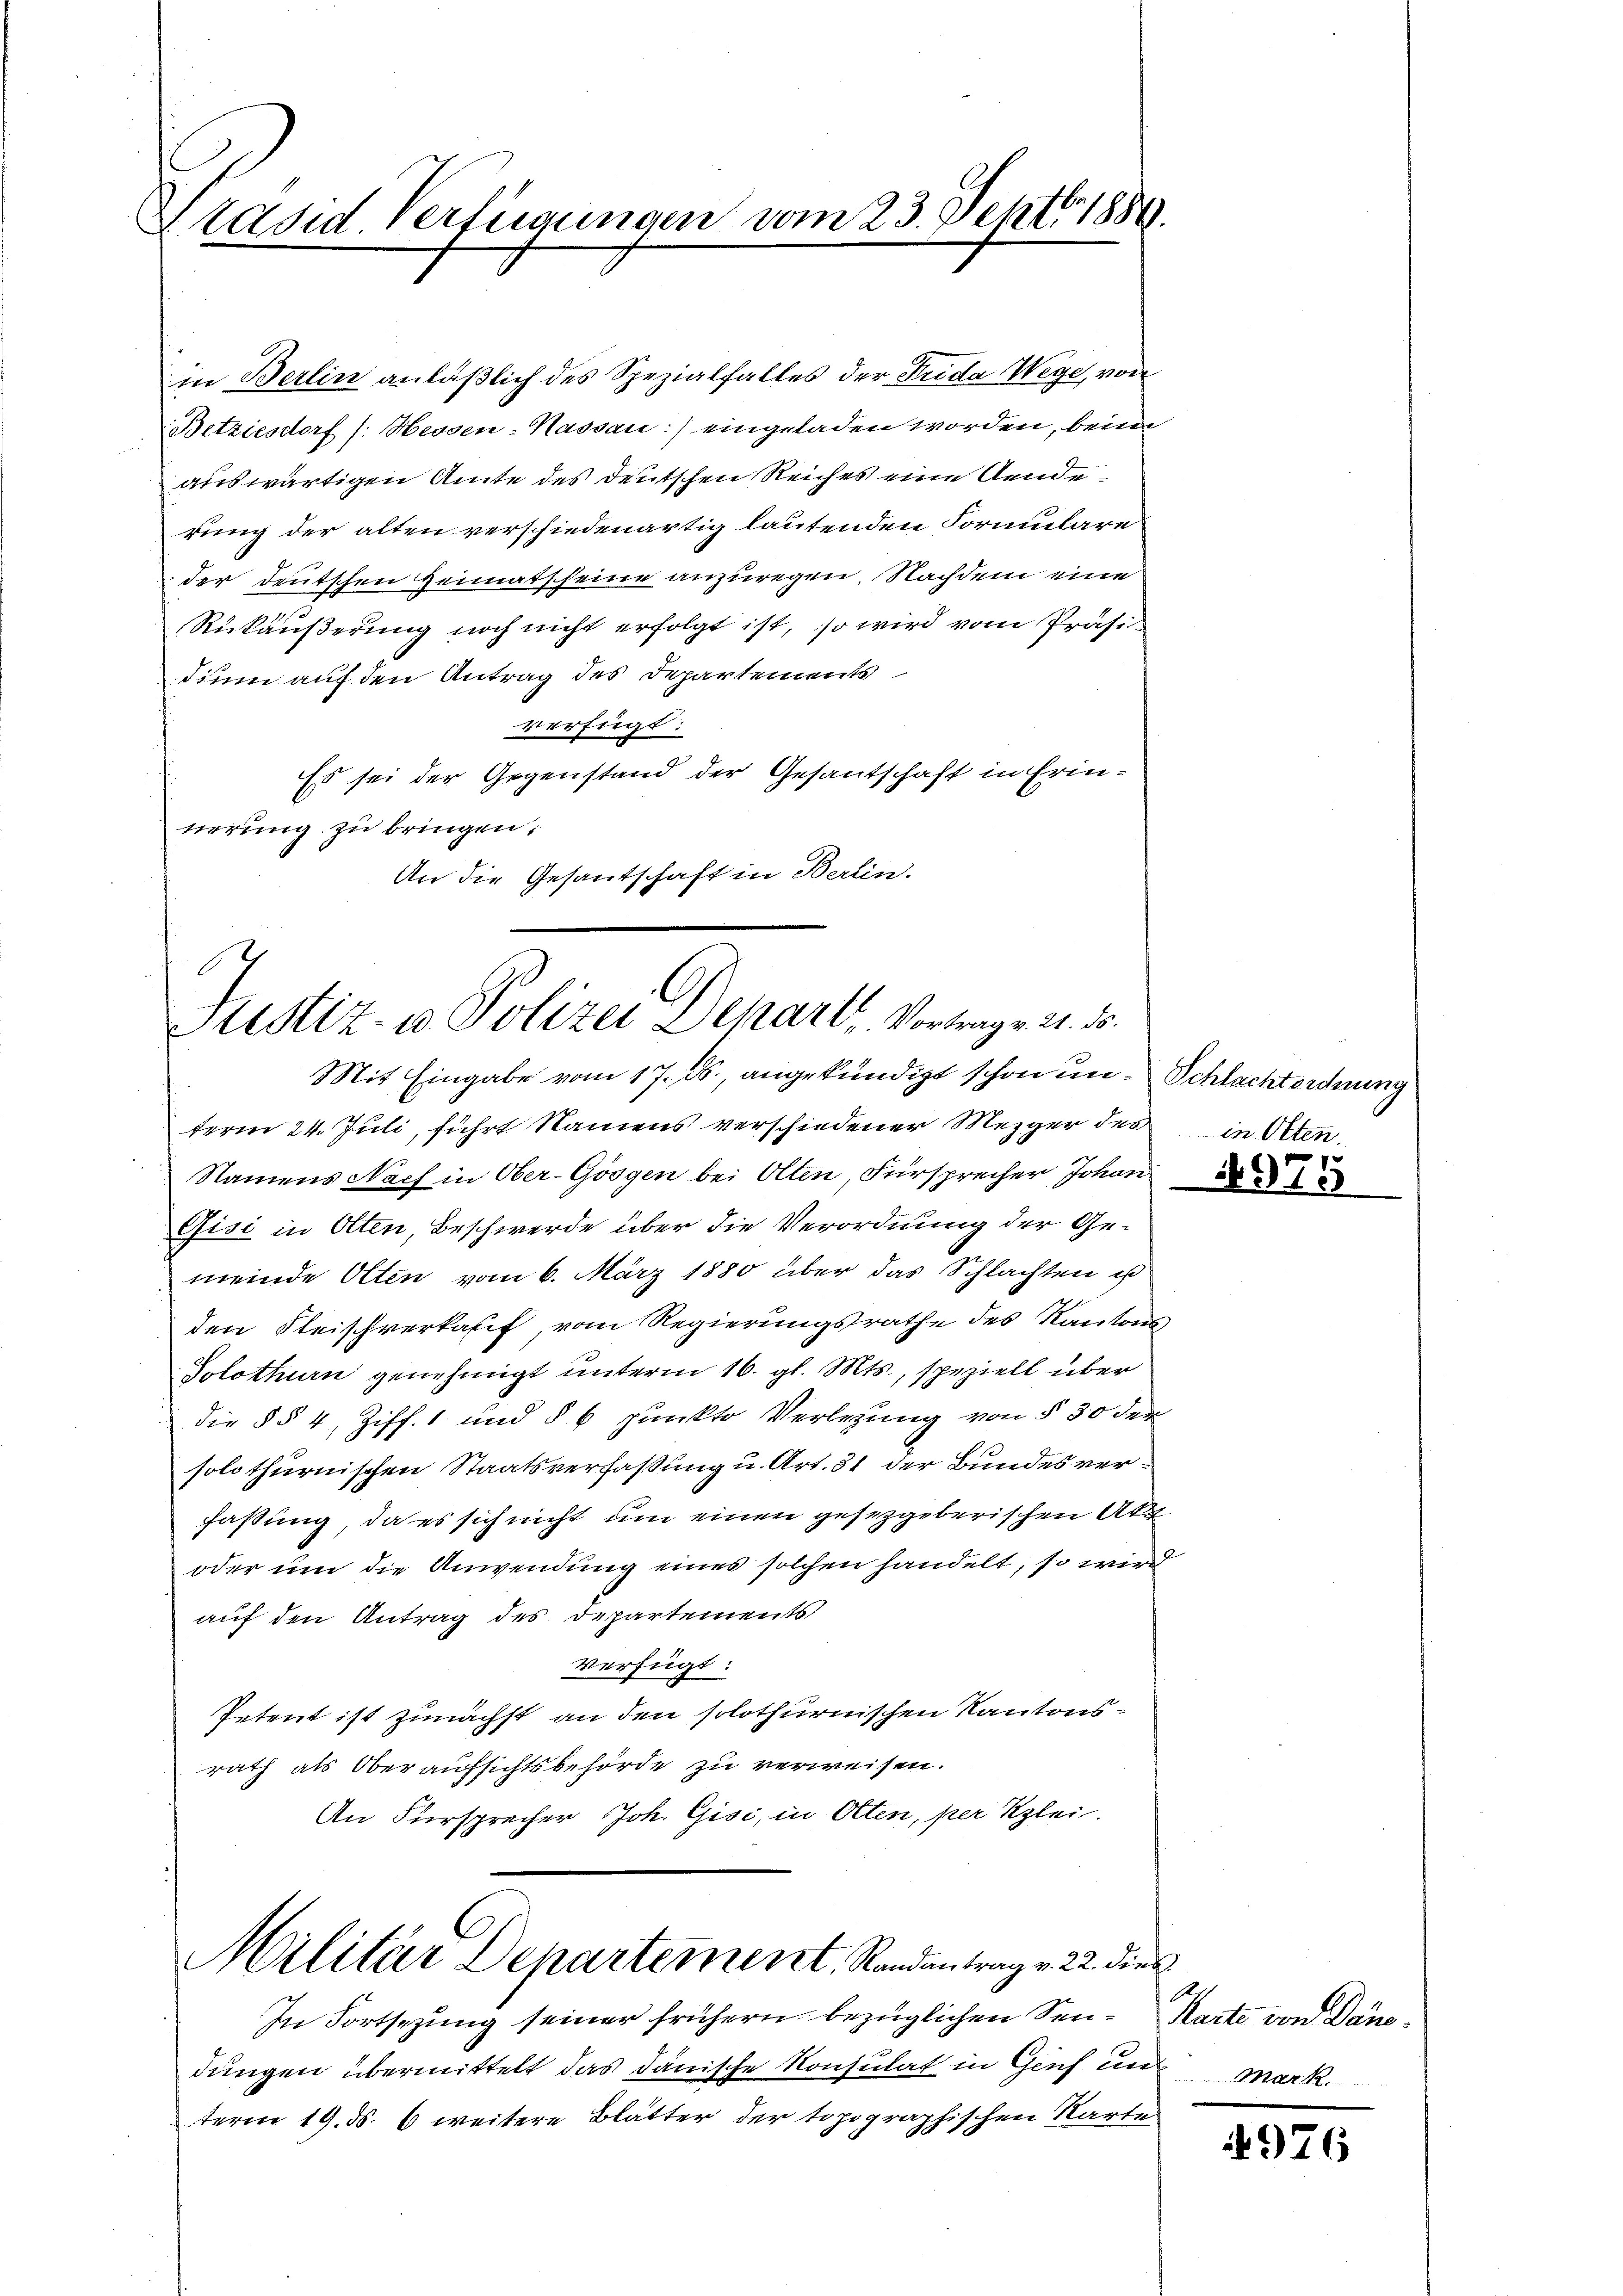
Präsid. Verfügungen vom 23. Septbr. 1889.

in Berlin anläßlich des Spezialfalles der Frida Wege, von
Betziesdorf (: Hessen-Kassau:) eingeladen worden, bein
auswärtigen Amte des deutschen Reiches eine Aenderung der alten verschiedenartig lautenden Formulare
der Deutschen Heimatscheine anzuregen. Nachdem eine
Rükäußerung noch nicht erfolgt ist, so wird vom Präsidium auf den Antrag des Departements
verfügt:
Es sei der Gegenstand der Gesantschaft in Erintierung zu bringen,
An die Gesantschaft in Berlin.

Mit Eingabe vom 17. ds., angekündigt schon un- Schlachtordnung
term 24. Juli, führt Namens verschiedener Mezger des
Namens Nach in Ober-Gösgen bei Olten, Fürsprecher Johan
Gisi in Olten, Beschwerde über die Verordnung der Ge-
meinde Otten vom 6. März 1880 über das Schlachten is
den Fleischverkauf, vom Regierungsrathe des Kantons
Solothurn genehmigt unterm 16. gl. Mts., speziell über
die § § 4, Ziff. 1 und § 6 punkto Verlegung von § 30 der
1
solothurnischen Staatsverfaßung u. Art. 31 der Bundesverfassung, da es sich nicht um einen gesetzgeberischen Akt
oder um die Anwendung eines solchen handelt, so wird
auf den Antrag des Departements
verfügt:
Petent ist zunächst an den solothurnischen Kantonsrath als Oberaufsichtsbehörde zu verweisen.
An Fürsprecher Joh. Gisi, in Olten, per Klei¬

.
Justiz- u. Polizei Depart, Vortrag v. 21. 55.

Militär Departement, Randantrag v. 22. dies

A

In Fortsezung seiner frühern bezüglichen Sen¬ Marte von Dänddungen übermittelt das dänische Konsulat in Genf und mark
term 19. ds. 6 weitere Blätter der topographischen Karte

in Olten.

4975

4976